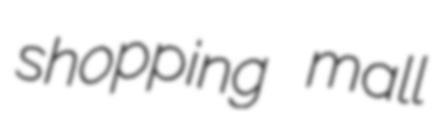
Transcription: shopping mall